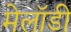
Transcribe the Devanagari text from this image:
मेलॉडी